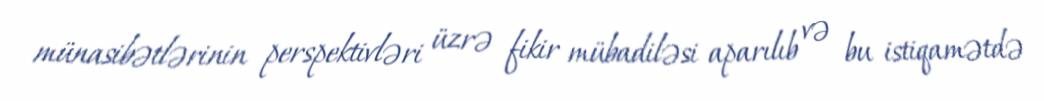
münasibətlərinin perspektivləri üzrə fikir mübadiləsi aparılıb və bu istiqamətdə